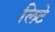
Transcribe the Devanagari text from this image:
लिटे